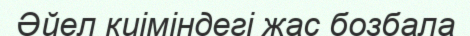
Әйел киіміндегі жас бозбала